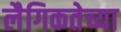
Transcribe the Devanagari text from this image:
लैगिकतेच्या